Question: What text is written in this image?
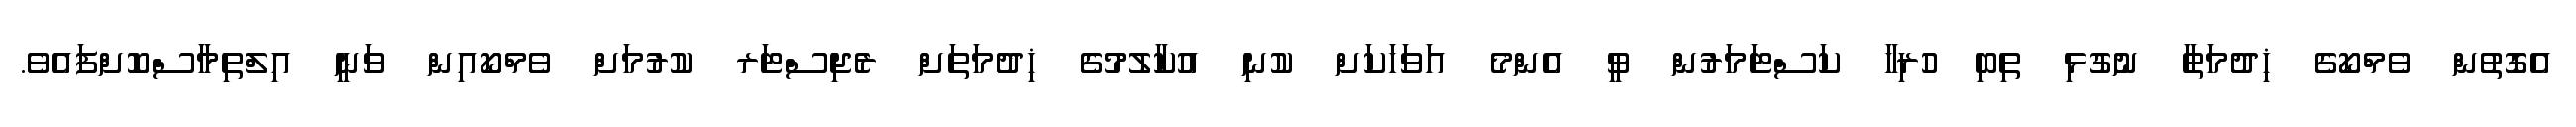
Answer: އެގޮތުން ވެމްކޯގެ ޚިދުމަތާ ނުގުޅި ތިބި ހުރިހާ ކަސްޓަމަރުން ވީ އެންމެ އަވަހަކަށް ކުނި އުކާލުމުގެ ޚިދުމަތަށް ރެޖިސްޓަރ ކުރުމަށް ވެމްކޯއިން ވަނީ އިލްތިމާސްކޮށްފައެވެ.